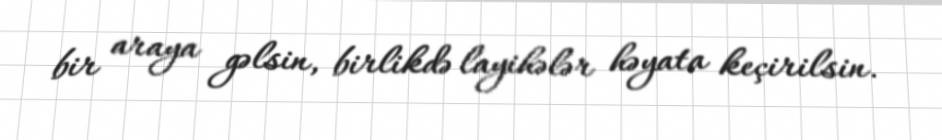
bir araya gəlsin, birlikdə layihələr həyata keçirilsin.